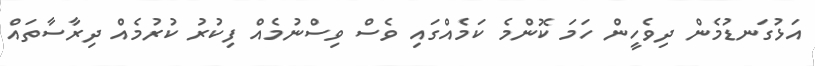
އަޅުގަނޑުމެން ދިވެހީން ހަމަ ކޮންމެ ކަމެއްގައި ވެސް ވިސްނުމެއް ފިކުރު ކުރުމެއް ދިރާސާތައް